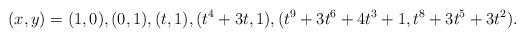
LaTeX: \begin{align*} (x,y)=(1,0), (0,1), (t,1), (t^4+3t,1), (t^9+3t^6+4t^3+1,t^8+3t^5+3t^2).\end{align*}